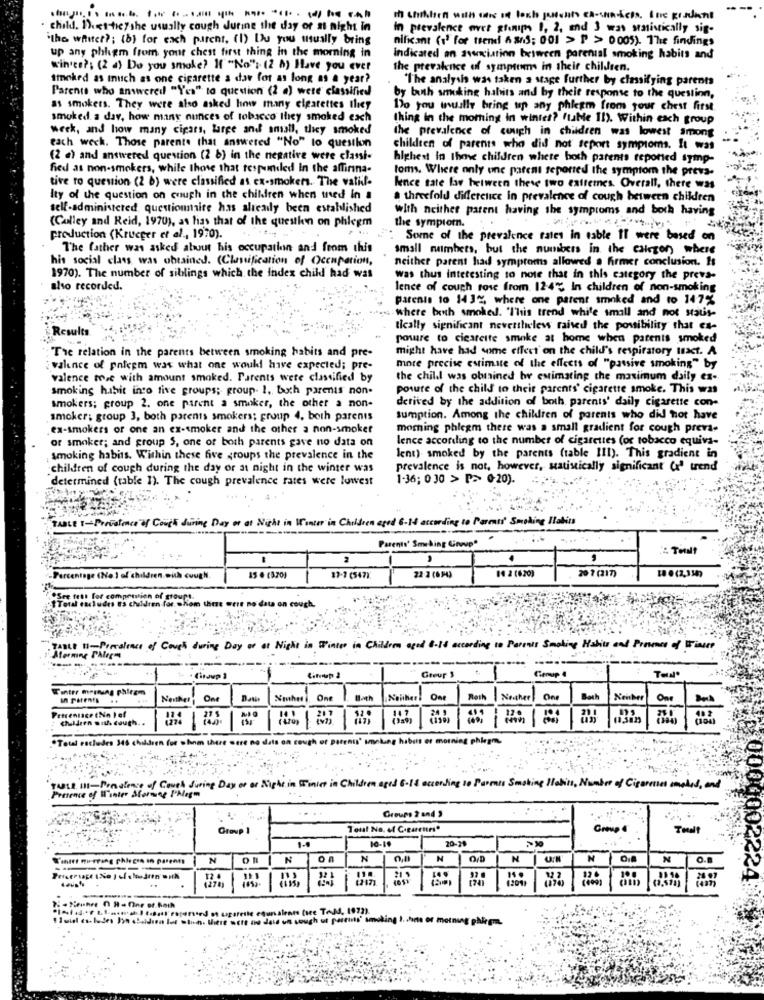
child. thet-tic? she usually cough during the day or at night in
In prevalence over gfemips 1, 2, and 3 was statistically sig-
"the waiter ?; (b) for each parent, (1) Du you usually bring
nificant (1' for trend 4 ans; 001 > P > 0005). The findings
up any phhgm from your chest first thing in the morning in
indicated an avecition between parental smoking habits and
winics ?: (2 a) Do you smoke? If"No": (2 A) Have you ever
the prevalence of symptoms in their children.
smoked as much as one cigarette a day for as long as a year?
"The analysis was taken a stage further by classifying parents
Parents who answered "Yes" to question (2 a) were classified
by both smoking habits and by theit response to the queslinn,
as smokers. They were also asked how many cigarettes Ility
170 you muulle bring up any phlegm from your chest first
smoked. a dav, how many ounces of tobacco they smoked each
thing in the morning in winter? ftube 11). Within each group
week, and how many cigars, large and ansall, they smoked
the prevalence of cough in children was lowest among
each weck. Those parente that answered "No" to question
children of parents who did not report symptoms. It was
(2 a) and answered question (2 6) in the negative were classi-
highest in Ihme children whete both parents reported symp-
fied as non-smokers, while those that responded in the affirina-
toms. Where only one patent seporred the symptom the preva-
tive to question (2 b) were classified as ex-smokers. The valide
lence tate lav between these two extremes. Overall, there was
Ity of the question on cough in the children when ted in a
a threefold difference in prevalence of cough between children
self-administered questionnaire has already been established
with neither patent having the symptoms and both having
(Calley and Reid, 1970), as hias that of the questhen on phlegm
the symptom.
production (Krueger et al ., 1970).
: Some of the prevalence rates in cable It were based on
The father was asked about his occupation and from this
small numbers, but the numbers in the cairzon where
his social class was obtained. (Classification of Occupation,
neither parent had symptoms allowed a firmer conclusion. Is
1970). The number of siblings which the Index child had was
was thus interesting to note that in this category the preva-
also recorded.
lence of cough rose from 12-4℃ In children of non-smoking
parents to 143%, where one patent smoked and to 147%
...- where beth smoked. "This trend while small and not statis-
Results
tically significant nevertheless raised the possibility that es-
poware to ciesrette smoke at home when parents smoked
might have had some effect on the child's respiratory text. A
The relation in the parents between smoking habits and pre-
valence of polepm was what one would have expected; pre-
more precise estimate of the effects of "passive smoking" by
valence mie with amount smoked. Parents were classified by
the child was obtained by estimating the maximum daily ex-
smoking habit into five groups; group- 1, both parents non-
posute of the child to their parents' cigarette smoke. This was
derived by the addition of both parents' daily cigarette con-
smokers; group 2. one parent a smoker, the other a non-
smoker; group 3, both parents smokers; group 4. both parents
sumption. Among the children of parents who did not have
ex-smokers of one an ex-smoker and the other a non-smoker
morning phlegm there was a small gradient for cough preva-
or smoker; and group S, one of both parents gave no data on
lence according to the number of cigarettes (or tobacco equiva-
smoking habits. Within these five groups the prevalence in the
lent). smoked by the parents (table III). This gradient in
children of cough during the day or at night in the winter was
prevalence is not, however, statistically significant (' trend
determined (table 1). The cough prevalence rates were lowest
1-36; 0 30 > P> 0-20).
TABLE I-Prevalence of Cough during Day or at Night in Winter in Children aged 6-14 according to Parrass' Smoking Habits
Parents' Smoking Cowvp"
2
20 7 (217)
18 @ (2,334)
-Percentage (No.1 of children with cough
15 6 (3,70)
17-1 (547)
22-2 (64)
14 2 (620)
See fett for comprastion of groupt.
"Total excludes E's children for whom there were no data on cough.
TABLE 1-Prevalence of Cough during Day or at Night in Winter in Children aged 8-14 according to Parents Smoking Habits and Provence of Winere
Morning Paler
----
Group 3
Genup 4
. Cinaup )
Winter meinung phicem
in parents
Neither
One
One
Roth
Neither One
Both
Percentage (Nn Ief
chuldren ouf. cough. .
27 5
201
"Total Factudes 346 children for whom there were no dats on cough of parents' smoking habits er morning phlegm,
TABLE III-Presence of Couch Suring Day of or Night in Winist in Children aged 6-18 according to Parents Smoking Habits, Number of Cigarases amstel, and
Presence of l'inter Morning Phlegm
Groups 2 and 3
Group 1
Group 4
Totalt
1-4
10-18
20-28
Tinatt Fiering phiecss in parents
N
N
on
N
N
N
N
Q.B
21 %
321
42011
20 07
(437)
7 0000002224
1 1uil es ludes Di chaldaen los which. there were no daid un sough ut partus' smoking I. chris or motning phlegm